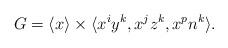
LaTeX: \begin{align*}G=\langle x \rangle \times \langle x^iy^k, x^jz^k, x^pn^k \rangle.\end{align*}